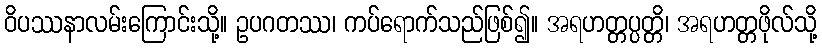
ဝိပဿနာလမ်းကြောင်းသို့။ ဥပဂတဿ၊ ကပ်ရောက်သည်ဖြစ်၍။ အရဟတ္တပ္ပတ္တိ၊ အရဟတ္တဖိုလ်သို့